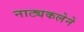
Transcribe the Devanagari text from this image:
नाट्यकलेने